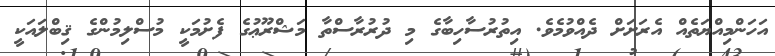
އަހަންމިއްޔަތެއް އެރަށަށް ދެއްވުމެވެ. އިތުރުސާހިބާގެ މި ދުރުރާސްތާ މަޝްރޫޢުގެ ފެށުމަކީ މުސްލިމުންގެ ޤިބްލައަކީ